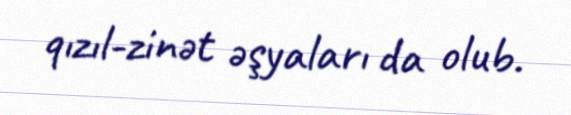
qızıl-zinət əşyaları da olub.